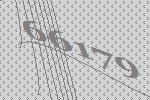
66179